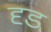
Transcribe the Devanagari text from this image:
दृड